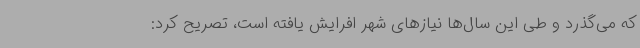
که می‌گذرد و طی این سال‌ها نیازهای شهر افرایش یافته است، تصریح کرد: